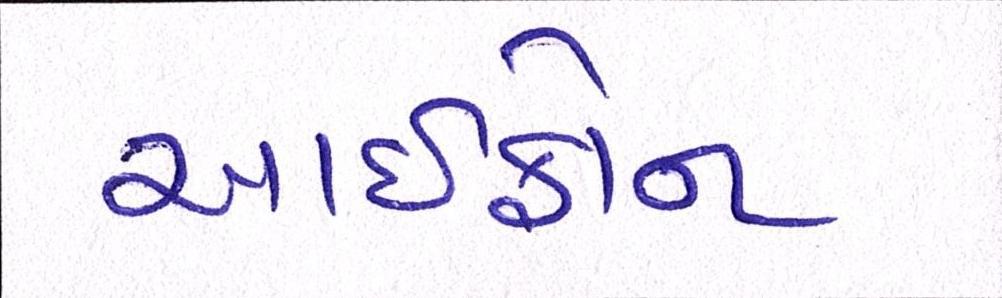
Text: આઇફોન